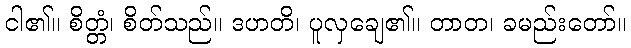
ငါ၏။ စိတ္တံ၊ စိတ်သည်။ ဒဟတိ၊ ပူလှချေ၏။ တာတ၊ ခမည်းတော်။